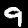
Label: 9